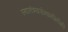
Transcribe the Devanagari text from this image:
स्वातंत्र्यसेनानींनीही